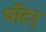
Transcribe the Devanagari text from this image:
पॉटर्